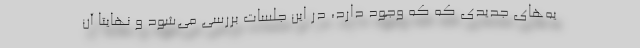
یه‌های جدیدی که که وجود دارد، در این جلسات بررسی می‌شود و نهایتا آن